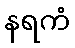
နရကံ